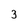
Character: 3